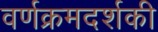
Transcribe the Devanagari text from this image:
वर्णक्रमदर्शकी